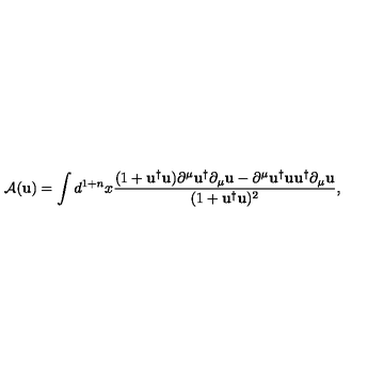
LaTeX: \mathrm { \cal { A } } ( { \mathbf { u } } ) = \int d ^ { 1 + n } x \frac { ( 1 + { \mathbf { u } } ^ { \dag } { \mathbf { u } } ) \partial ^ { \mu } { \mathbf { u } } ^ { \dag } \partial _ { \mu } { \mathbf { u } } - \partial ^ { \mu } { \mathbf { u } } ^ { \dag } { \mathbf { u } } { \mathbf { u } } ^ { \dag } \partial _ { \mu } { \mathbf { u } } } { ( 1 + { \mathbf { u } } ^ { \dag } { \mathbf { u } } ) ^ { 2 } } ,